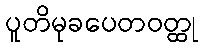
ပူတိမုခပေတဝတ္ထု